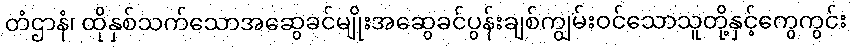
တံဌာနံ၊ ထိုနှစ်သက်သောအဆွေခင်မျိုးအဆွေခင်ပွန်းချစ်ကျွမ်းဝင်သောသူတို့နှင့်ကွေကွင်း